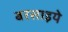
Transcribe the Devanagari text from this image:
बरसाइये